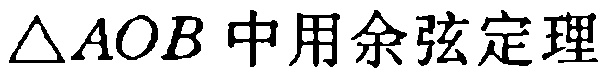
在\(\triangle AOB\)中用余弦定理